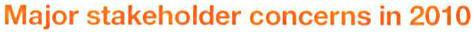
Major stakeholder concerns in 2010